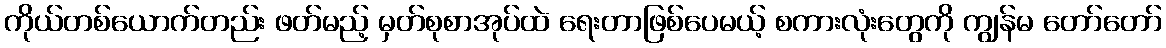
ကိုယ်တစ်ယောက်တည်း ဖတ်မည့် မှတ်စုစာအုပ်ထဲ ရေးတာဖြစ်ပေမယ့် စကားလုံးတွေကို ကျွန်မ တော်တော်